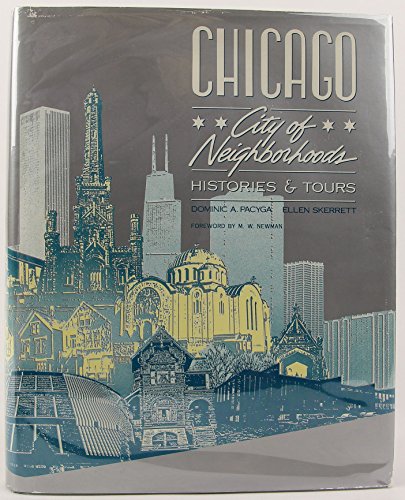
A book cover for Chicago, City of Neighborhoods: Histories & Tours; Dominic A. Pacyga; Travel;